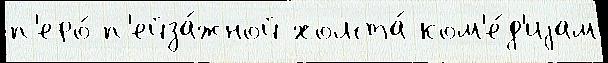
п'еро́ п'ейза́жной холста́ ком'е́д'иjам